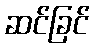
ဆင်ခြင်